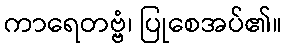
ကာရေတဗ္ဗံ၊ ပြုစေအပ်၏။